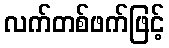
လက်တစ်ဖက်ဖြင့်